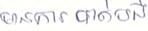
មានការបាត់បង់